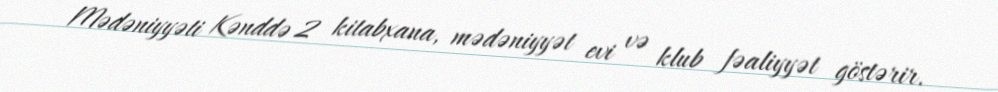
Mədəniyyəti Kənddə 2 kitabxana, mədəniyyət evi və klub fəaliyyət göstərir.